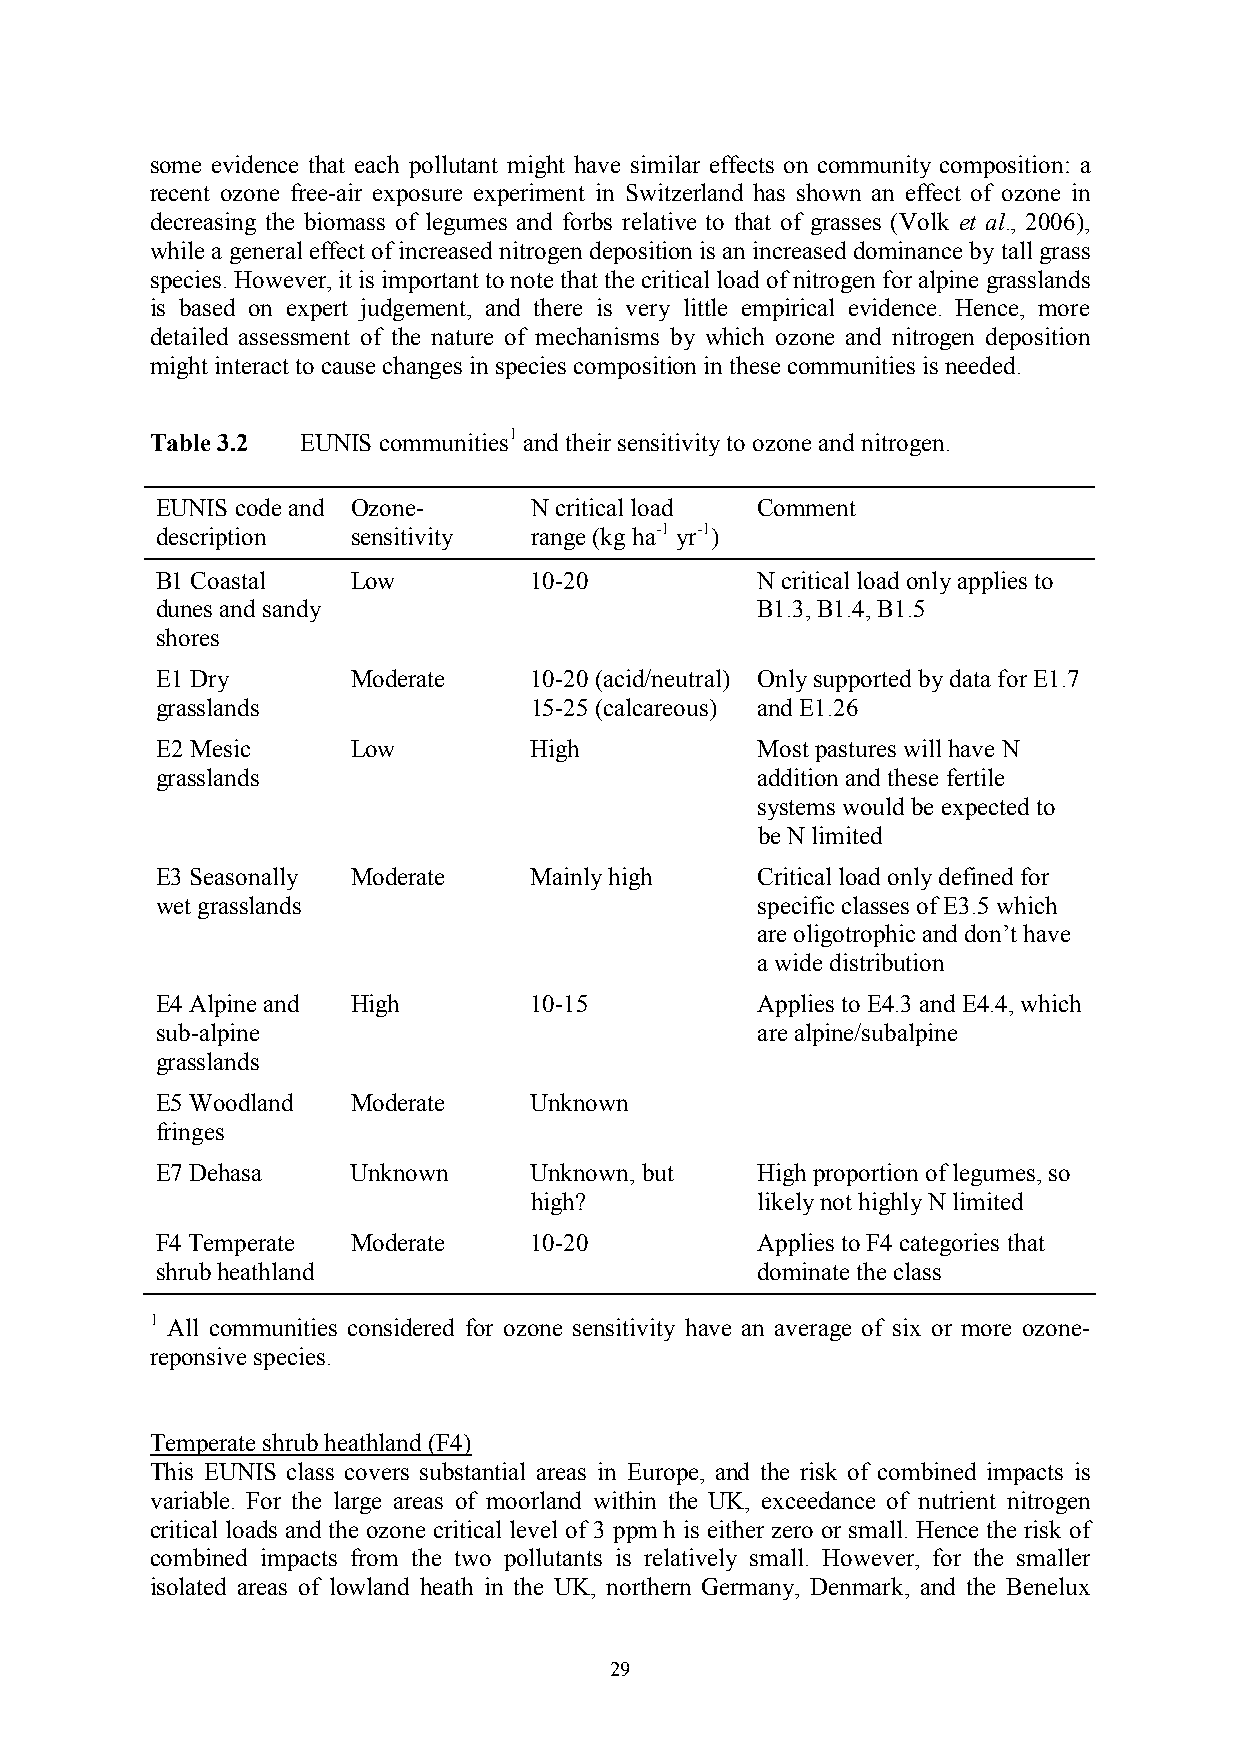
some evidence that each pollutant might have similar effects on community composition: a
 recent ozone free-air exposure experiment in Switzerland has shown an effect of ozone in
 decreasing the biomass of legumes and forbs relative to that of grasses (Volk et al., 2006),
 while a general effect of increased nitrogen deposition is an increased dominance by tall grass
 species. However, it is important to note that the critical load of nitrogen for alpine grasslands
 is based on expert judgement, and there is very little empirical evidence. Hence, more
 detailed assessment of the nature of mechanisms by which ozone and nitrogen deposition
 might interact to cause changes in species composition in these communities is needed.
 Table 3.2 EUNIS communities1 and their sensitivity to ozone and nitrogen.
 EUNIS code and Ozone-    N critical load Comment
 description  sensitivity range (kg ha-1 yr-1)
 B1 Coastal   Low         10-20          N critical load only applies to
 dunes and sandy                         B1.3, B1.4, B1.5
 shores
 E1 Dry       Moderate    10-20 (acid/neutral) Only supported by data for E1.7
 grasslands               15-25 (calcareous) and E1.26
 E2 Mesic     Low         High           Most pastures will have N
 grasslands                              addition and these fertile
 systems would be expected to
 be N limited
 E3 Seasonally Moderate   Mainly high    Critical load only defined for
 wet grasslands                          specific classes of E3.5 which
 are oligotrophic and don’t have
 a wide distribution
 E4 Alpine and High       10-15          Applies to E4.3 and E4.4, which
 sub-alpine                              are alpine/subalpine
 grasslands
 E5 Woodland  Moderate    Unknown
 fringes
 E7 Dehasa    Unknown     Unknown, but   High proportion of legumes, so
 high?          likely not highly N limited
 F4 Temperate Moderate    10-20          Applies to F4 categories that
 shrub heathland                         dominate the class
 1 All communities considered for ozone sensitivity have an average of six or more ozone-
 reponsive species.
 Temperate shrub heathland (F4)
 This EUNIS class covers substantial areas in Europe, and the risk of combined impacts is
 variable. For the large areas of moorland within the UK, exceedance of nutrient nitrogen
 critical loads and the ozone critical level of 3 ppm h is either zero or small. Hence the risk of
 combined impacts from the two pollutants is relatively small. However, for the smaller
 isolated areas of lowland heath in the UK, northern Germany, Denmark, and the Benelux
 29